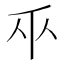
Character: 𫡑